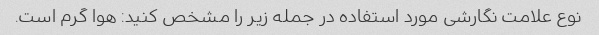
نوع علامت نگارشی مورد استفاده در جمله زیر را مشخص کنید: هوا گرم است.